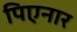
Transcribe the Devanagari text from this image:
पिएनार